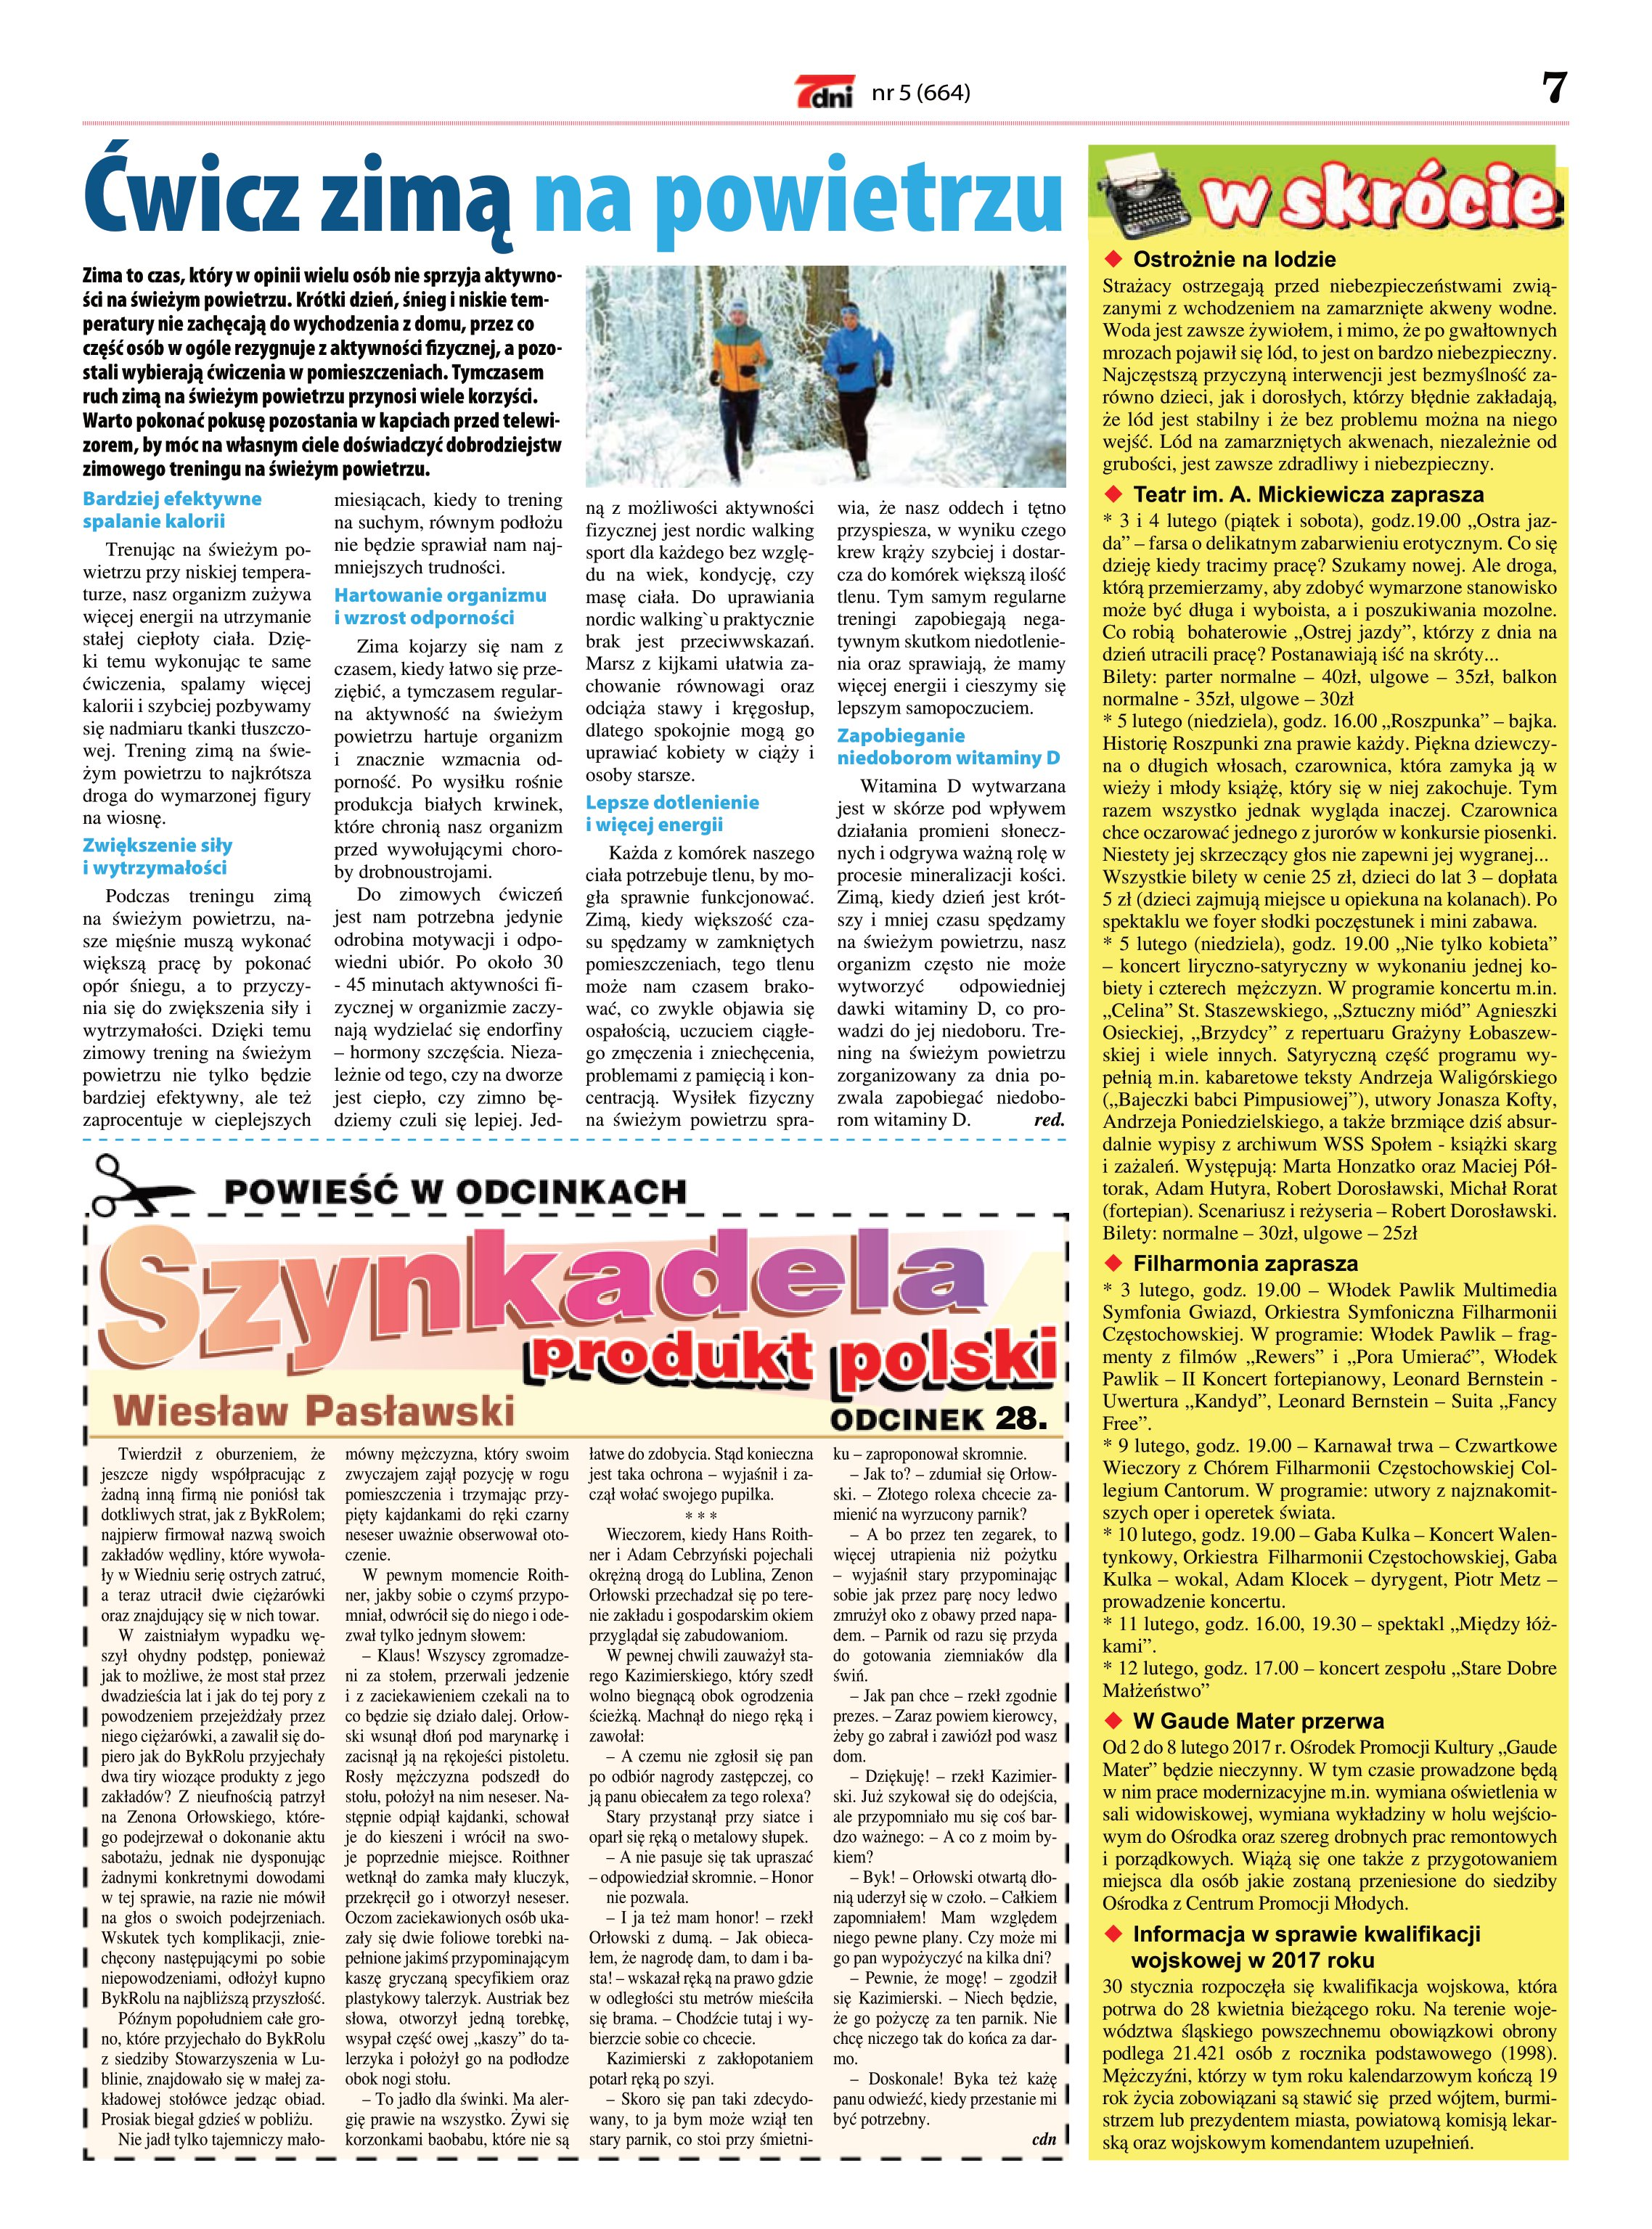
Language: pl